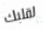
لقلبك